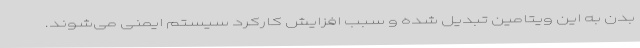
بدن به این ویتامین تبدیل شده و سبب افزایش کارکرد سیستم ایمنی می‌شوند.